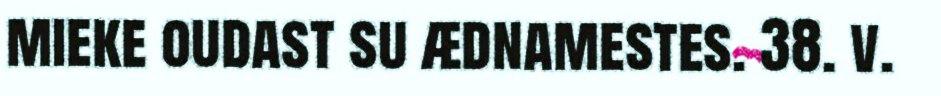
mieke oudast su ædnamestes. 38. v.